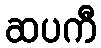
ဆပကီ